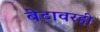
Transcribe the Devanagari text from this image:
बेटावरही